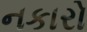
નકારો